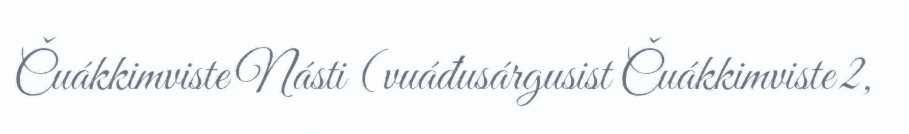
Čuákkimviste Násti (vuáđusárgusist Čuákkimviste 2,